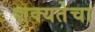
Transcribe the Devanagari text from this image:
शक्यतेचा